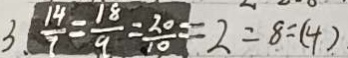
3 . \frac { 1 4 } { 7 } = \frac { 1 8 } { 9 } = \frac { 2 0 } { 1 0 } = 2 = 8 : ( 4 )